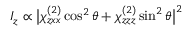
I _ { z } \propto \big | \chi _ { z x x } ^ { ( 2 ) } \cos ^ { 2 } \theta + \chi _ { z z z } ^ { ( 2 ) } \sin ^ { 2 } \theta \big | ^ { 2 }